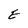
Character: E